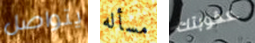
يتواصل مسأله عقوبتك